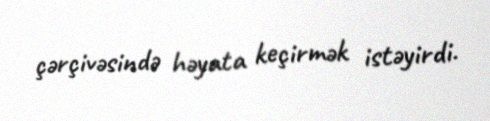
çərçivəsində həyata keçirmək istəyirdi.